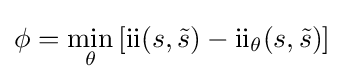
\phi =\min _{\theta }\left[{\text{ii}}(s,{\tilde {s}})-{\text{ii}}_{\theta }(s,{\tilde {s}})\right]